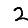
Digit: 2